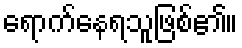
ရောက်နေရသူဖြစ်၏။